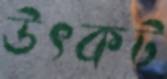
উৎকট